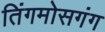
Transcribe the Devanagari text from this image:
तिंगमोसगंग